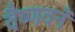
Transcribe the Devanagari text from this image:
वैष्णवनँ